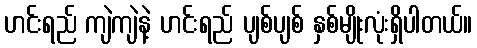
ဟင်းရည် ကျဲကျဲနဲ့ ဟင်းရည် ပျစ်ပျစ် နှစ်မျိုးလုံးရှိပါတယ်။